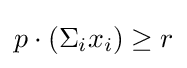
p\cdot (\Sigma _{i}x_{i})\geq r